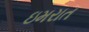
ઇમરાત